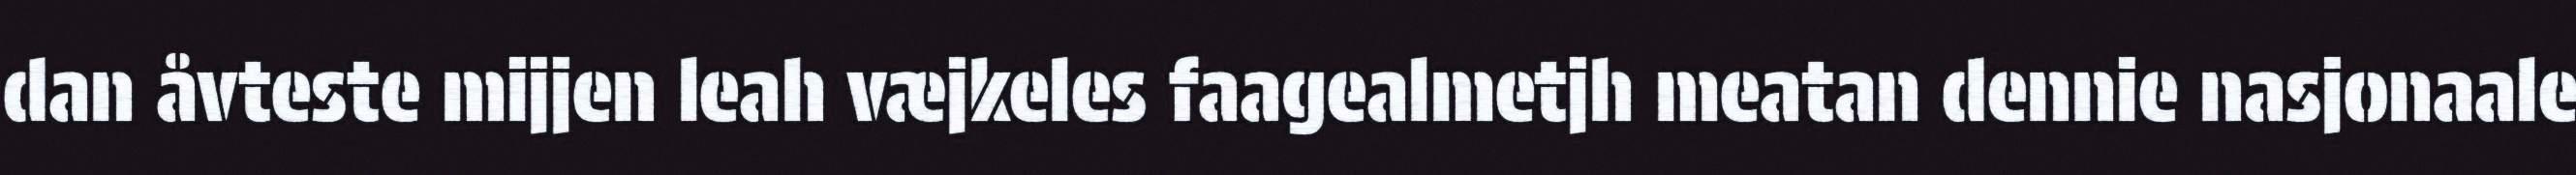
dan åvteste mijjen leah væjkeles faagealmetjh meatan dennie nasjonaale